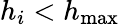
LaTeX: h_{i}<h_{\operatorname*{max}}